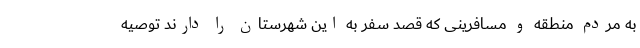
به مردم منطقه و مسافرینی که قصد سفر به این شهرستان را دارند توصیه